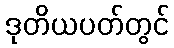
ဒုတိယပတ်တွင်